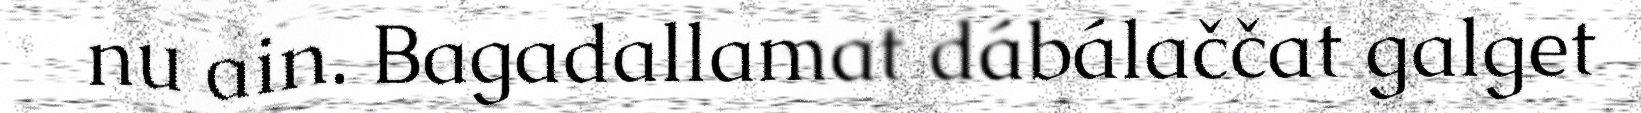
nu ain. Bagadallamat dábálaččat galget